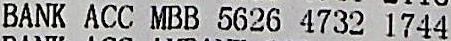
BANK ACC MBB 5626 4732 1744